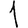
Digit: 1